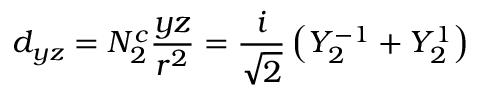
d _ { y z } = N _ { 2 } ^ { c } { \frac { y z } { r ^ { 2 } } } = { \frac { i } { \sqrt { 2 } } } \left( Y _ { 2 } ^ { - 1 } + Y _ { 2 } ^ { 1 } \right)